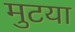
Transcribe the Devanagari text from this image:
मुटया